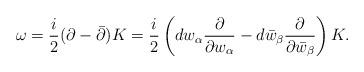
LaTeX: \begin{align*}\omega = {i \over 2}(\partial - \bar \partial) K= {i \over 2} \left( dw_\alpha {\partial \over \partial w_\alpha} - d\bar w_\beta {\partial \over \partial \bar w_\beta} \right) K . \end{align*}